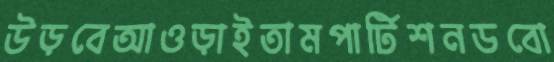
উড়বেআওড়াইতামপার্টিশনডবো